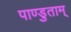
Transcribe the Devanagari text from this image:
पाण्डुताम्‌